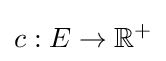
c:E\to \mathbb {R} ^{+}